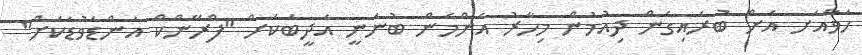
ހަވާއަށ އަށް ބުރައިގެން ދިއުމުން މިހާރު އެންމެން ބުނަނީ އަދީބަކަށް "ފްރޭންކް އަންޑަވުޑަކަށް"